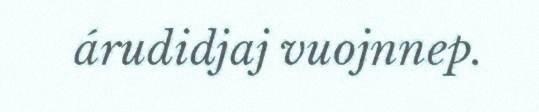
árudidjaj vuojnnep.